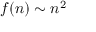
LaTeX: f ( n ) \sim n ^ { 2 }